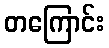
တကြောင်း